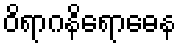
ဝိရာဂနိရောဓေန